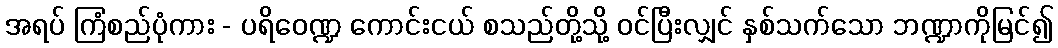
အရပ် ကြံစည်ပုံကား - ပရိဝေဏ္ဍ ကောင်းငယ် စသည်တို့သို့ ဝင်ပြီးလျှင် နှစ်သက်သော ဘဏ္ဍာကိုမြင်၍